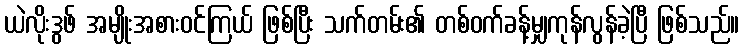
ယဲလိုးဒွဖ် အမျိုးအစားဝင်ကြယ် ဖြစ်ပြီး သက်တမ်း၏ တစ်ဝက်ခန့်မျှကုန်လွန်ခဲ့ပြီ ဖြစ်သည်။